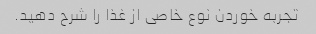
تجربه خوردن نوع خاصی از غذا را شرح دهید.